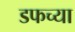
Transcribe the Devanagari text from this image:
डफच्या